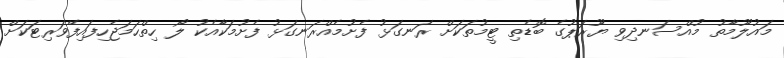
މައުލޫމާތު މުއްސަނދިވި ޔޫރަޕުގެ ބޮޑެތި ޓީމުތަކަށް ރަނގަޅު ފެށުމެއްރަނގަޅު ފެށުމަކާއެކު ލޯ ހިތްހަމަޖެހިފައިފޭވަރިޓަކަށް